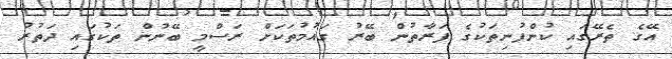
އޭގެ ތެރޭގައި ކުންފުނިތަކުގެ ފަރާތުން ބޭރު ގައުމުތަކަށް ރަސްމީ ބޭނުން ތަކުގައި ދަތުރު